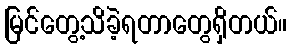
မြင်တွေ့သိခဲ့ရတာတွေရှိတယ်။